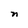
Character: n